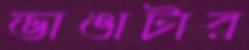
ভাঙাটার